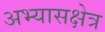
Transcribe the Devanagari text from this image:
अभ्यासक्षेत्र